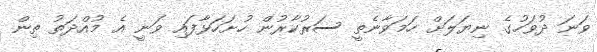
ވަނަ ދުވަހުގެ ނިޔަލަށް ހަމަވާނެތީ ސަރުކާރުން ހުށަހަޅާފައި ވަނީ އެ މުއްދަތު ތިން